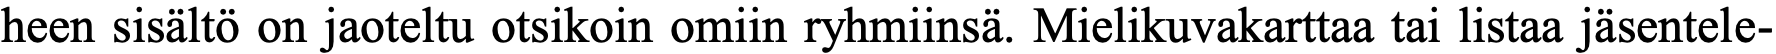
heen sisältö on jaoteltu otsikoin omiin ryhmiinsä. Mielikuvakarttaa tai listaa jäsentele-